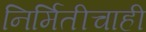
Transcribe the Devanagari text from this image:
निर्मितीचाही